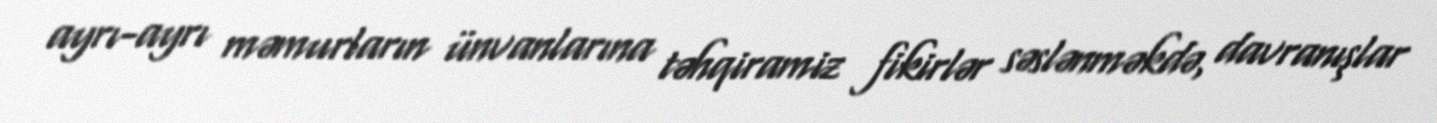
ayrı-ayrı məmurların ünvanlarına təhqiramiz fikirlər səslənməkdə, davranışlar